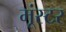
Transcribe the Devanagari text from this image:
मूंस्टर